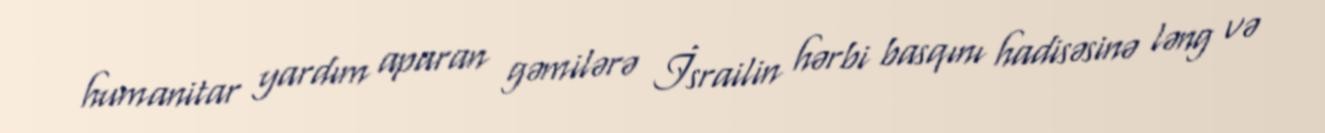
humanitar yardım aparan gəmilərə İsrailin hərbi basqını hadisəsinə ləng və